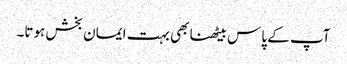
آپ کے پاس بیٹھنا بھی بہت ایمان بخش ہوتا۔